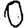
Digit: 0